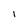
Character: I